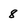
Character: 8